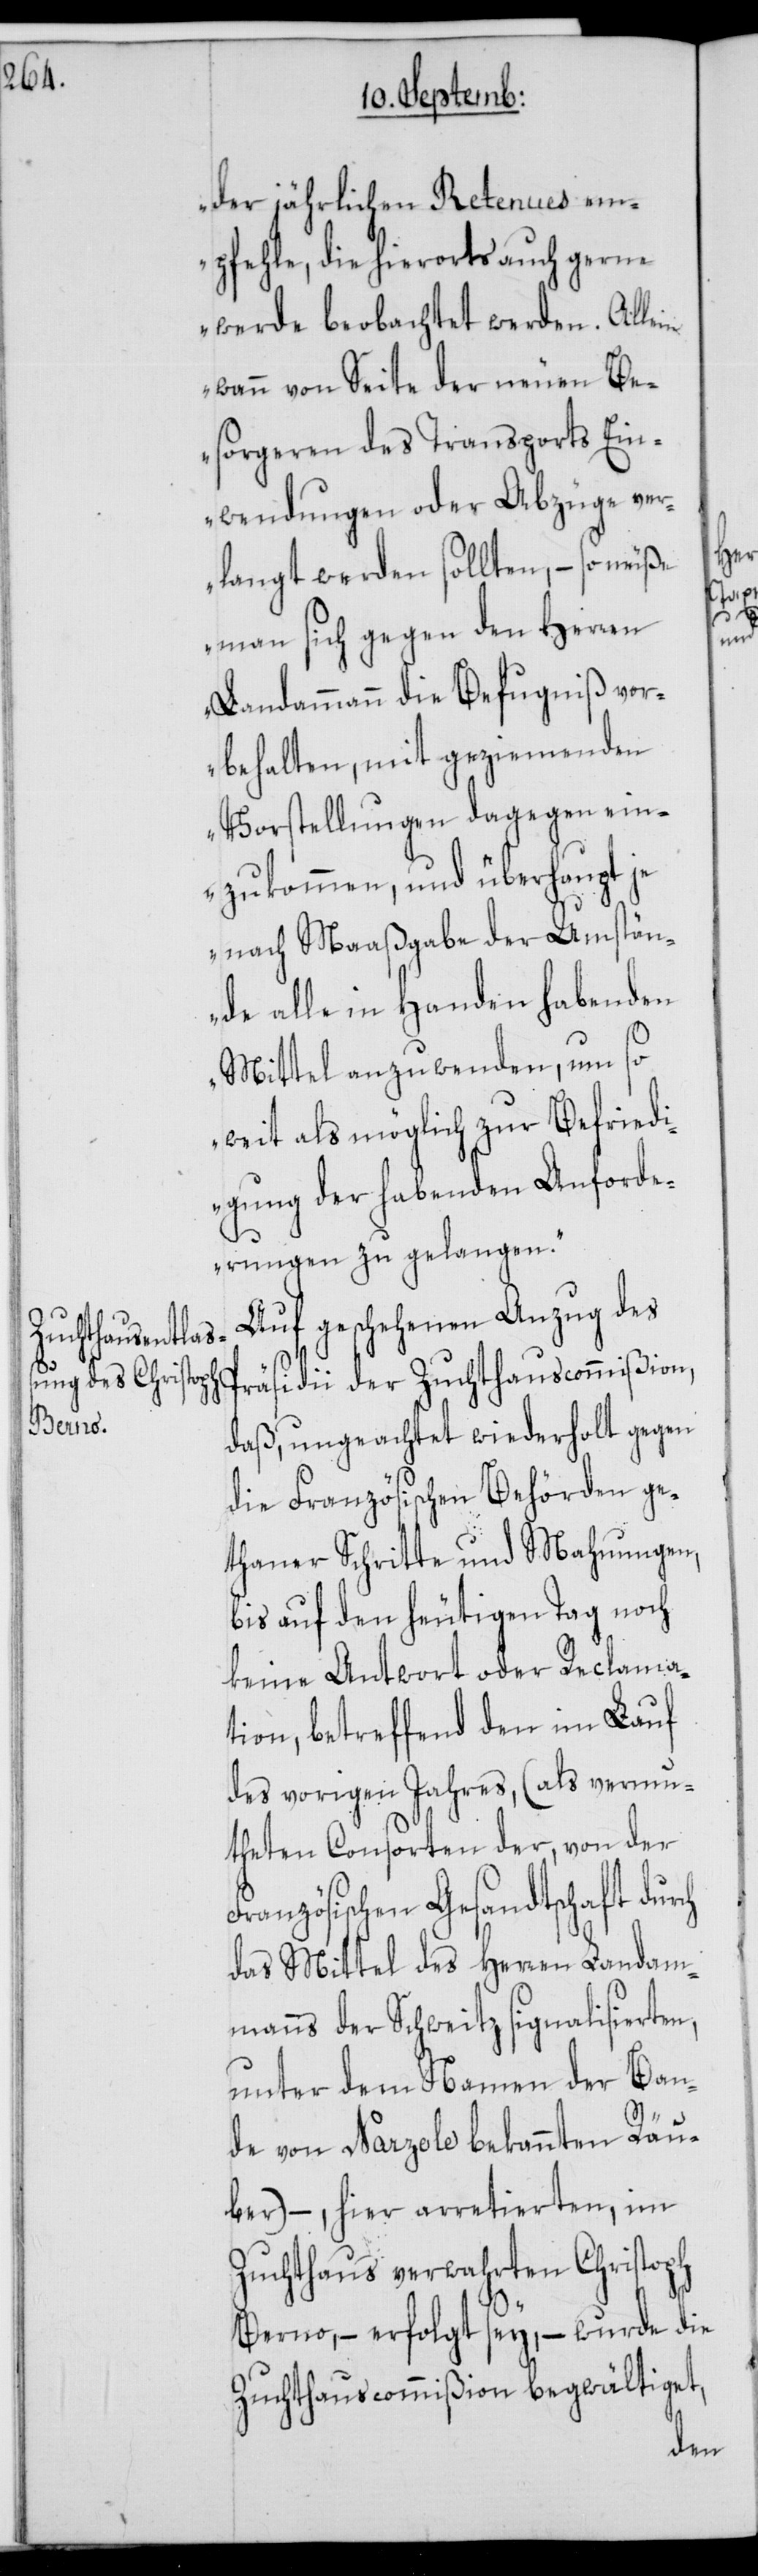
der jährlichen Retenues em¬
pfehle, die hierorts auch gerne
werde beobachtet werden. Allein
wann von Seite der neuen Be¬
sorgeren des Transports Ein¬
wendungen oder Abzüge ver¬
langt werden sollten, – so müße
man sich gegen den Herren
Landammann die Befugniß vor¬
behalten, mit geziemenden
Vorstellungen dagegen ein¬
zukommen, und überhaupt je
nach Maaßgabe der Umstän¬
de alle in Handen habenden
Mittel anzuwenden, um so
weit als möglich zur Befriedi¬
gung der habenden Anforde¬
rungen zu gelangen.“
Auf geschehenen Anzug des
Zuchthauscommiß¬
daß, ungeachtet wiederholt gegen
die Französischen Behörden ge¬
thaner Schritte und Mahnungen,
bis auf den heutigen Tag noch
keine Antwort oder Reclama¬
tion, betreffend den im Lauf
des vorigen Jahres, (als vermu¬
theten Consorten der, von der
Französischen Gesandtschaft durch
das Mittel des Herren Landam¬
manns der Schweitz signalisierten,
unter dem Namen der Ban¬
de von Narzole bekannten Räu¬
ber) –, hier arretierten, im
Zuchthaus verwahrten Christoph
Berno, – erfolgt sey, – wurde die
Zuchthauscommißion begwältiget,
ion,